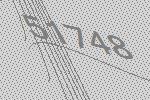
51748